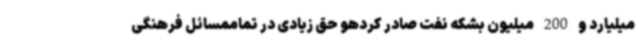
میلیارد و 200 میلیون بشکه نفت صادر کردهو حق زیادی در تماممسائل فرهنگی